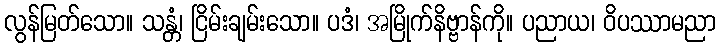
လွန်မြတ်သော။ သန္တံ၊ ငြိမ်းချမ်းသော။ ပဒံ၊ အမြိုက်နိဗ္ဗာန်ကို။ ပညာယ၊ ဝိပဿာမညာ